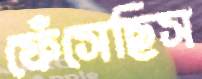
ফেঁসেছিস